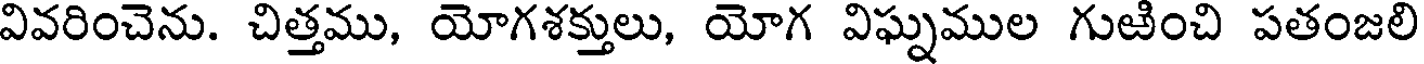
వివరించెను. చిత్తము, యోగశక్తులు, యోగ విఘ్నముల గుఱించి పతంజలి